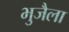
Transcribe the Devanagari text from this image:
भुजैला